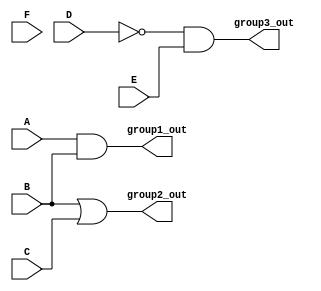
module combinational_logic (
    input wire A,
    input wire B,
    input wire C,
    input wire D,
    input wire E,
    input wire F,
    output wire group1_out, // Output for Group 1
    output wire group2_out, // Output for Group 2
    output wire group3_out  // Output for Group 3
);

// Group 1: Output = A AND B
assign group1_out = A & B; // AND operation on inputs A and B

// Group 2: Output = B OR C
assign group2_out = B | C; // OR operation on inputs B and C

// Group 3: Output = NOT D AND E
assign group3_out = ~D & E; // NOT operation on D, AND with E

endmodule